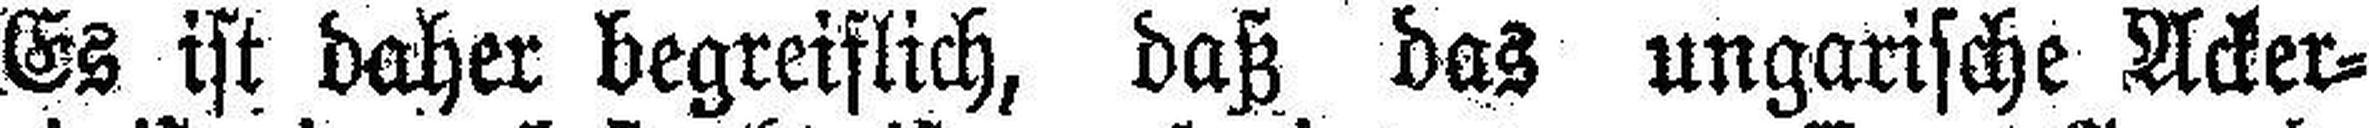
Es ist daher begreiflich, daß das ungarische Acker¬